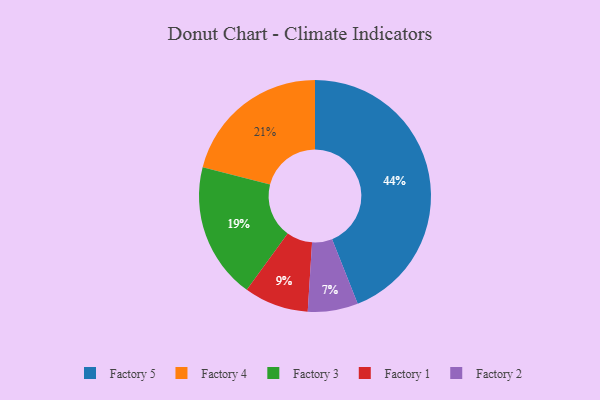
{"axis": {"x": "Category", "y": "Percentage"}, "legend": ["Factory 1", "Factory 2", "Factory 3", "Factory 4", "Factory 5"], "data": [{"x": "Factory 1", "y": 9, "type": "Factory 1"}, {"x": "Factory 2", "y": 7, "type": "Factory 2"}, {"x": "Factory 4", "y": 21, "type": "Factory 4"}, {"x": "Factory 3", "y": 19, "type": "Factory 3"}, {"x": "Factory 5", "y": 44, "type": "Factory 5"}]}